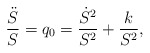
\begin{align*}{\ddot{S}\over S}=q_{0}={\dot{S}^2\over S^2}+{k\over S^2} ,\end{align*}